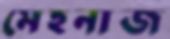
মেহনাজ